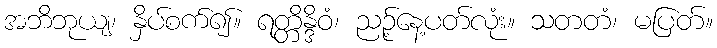
အဘိဘုယျ၊ နှိပ်စက်၍။ ရတ္တိန္ဒိဝံ၊ ညဉ့်နေ့ပတ်လုံး။ သတတံ၊ မပြတ်။